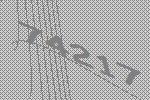
74217